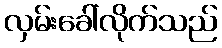
လှမ်းခေါ်လိုက်သည်